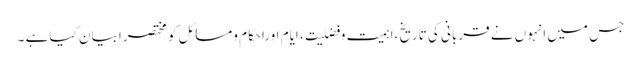
جس میں انہوں نے قربانی کی تاریخ ،اہمیت وفضلیت ، ایام اوراحکام ومسائل کو مختصراً بیان کیا ہے ۔